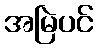
အမြဲပင်